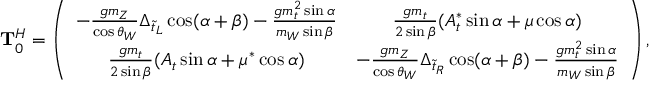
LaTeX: { \bf T } _ { 0 } ^ { H } = \left( \begin{array} { c c } { { - \frac { g m _ { Z } } { \cos \theta _ { W } } \Delta _ { \tilde { t } _ { L } } \cos ( \alpha + \beta ) - \frac { g m _ { t } ^ { 2 } \sin \alpha } { m _ { W } \sin \beta } } } & { { \frac { g m _ { t } } { 2 \sin \beta } ( A _ { t } ^ { * } \sin \alpha + \mu \cos \alpha ) } } \\ { { \frac { g m _ { t } } { 2 \sin \beta } ( A _ { t } \sin \alpha + \mu ^ { * } \cos \alpha ) } } & { { - \frac { g m _ { Z } } { \cos \theta _ { W } } \Delta _ { \tilde { t } _ { R } } \cos ( \alpha + \beta ) - \frac { g m _ { t } ^ { 2 } \sin \alpha } { m _ { W } \sin \beta } } } \end{array} \right) ,